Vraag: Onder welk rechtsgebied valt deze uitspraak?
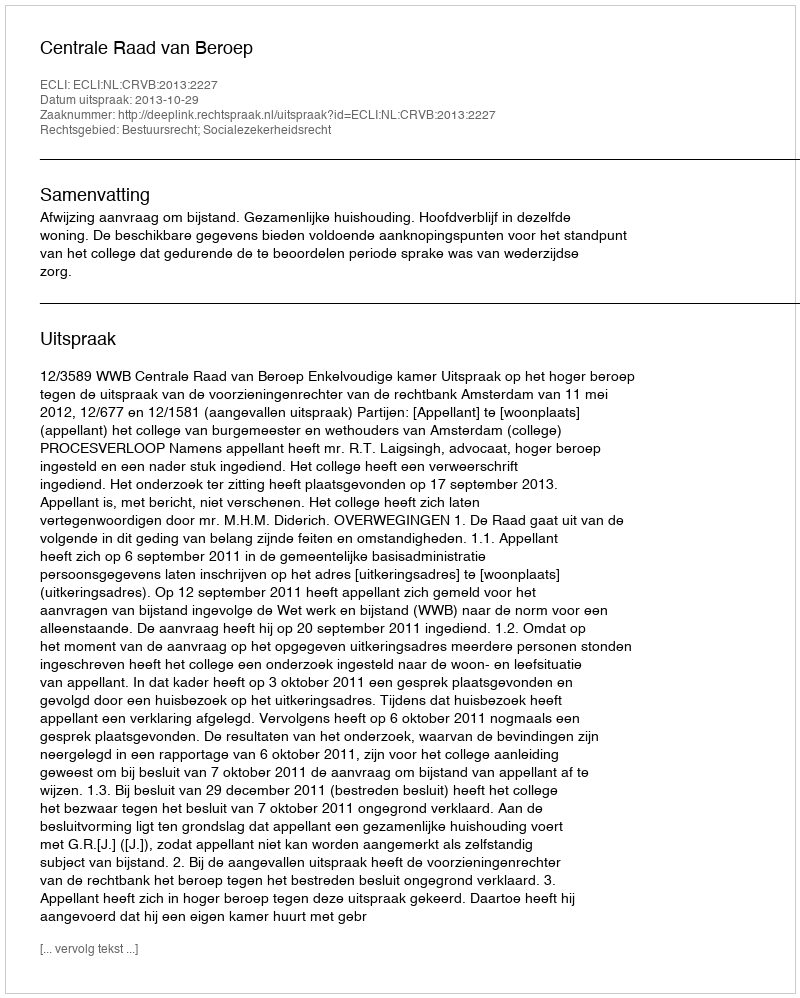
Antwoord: Bestuursrecht; Socialezekerheidsrecht